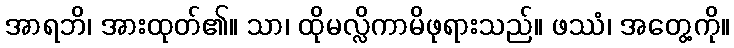
အာရဘိ၊ အားထုတ်၏။ သာ၊ ထိုမလ္လိကာမိဖုရားသည်။ ဖဿံ၊ အတွေ့ကို။